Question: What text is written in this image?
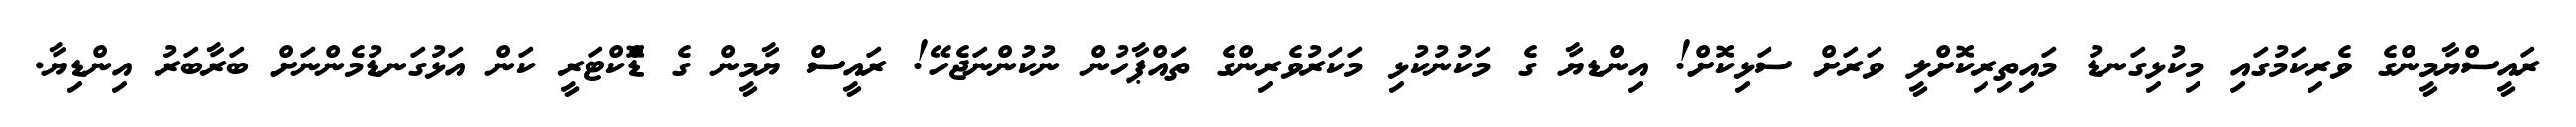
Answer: ރައީސްޔާމީންގެ ވެރިކަމުގައި މިކުޅިގަނޑު މައިތިރިކޮށްލީ ވަރަށް ސަޅިކޮށް! އިންޑޔާ ގެ މަކުނުކުޅި މަކަރުވެރިންގެ ތަައްޕާހުން ނުކުންނަޖެހޭ! ރައީސް ޔާމީން ގެ ޑޮްކްޓަރީ ކަން އަޅުގަނޑުމެންނަށް ބަރާބަރު އިންޑިޔާ.